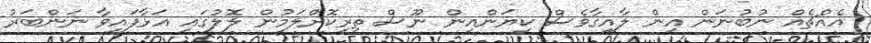
އެއްޗެއް ނުބުނަން އިން ލާއިގާވެސް ކިޔަންއިން ނޫސް ތިރިކޮށްލަމުން ލޮލުގައި އަޅާފައިވާ ނަންބަރު